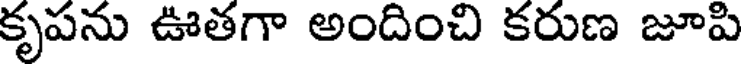
కృపను ఊతగా అందించి కరుణ జూపి